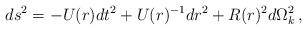
\begin{align*}ds^2 = -U(r) dt^2 + U(r)^{-1} dr^2 + R(r)^2 d\Omega_k ^2 \, ,\end{align*}